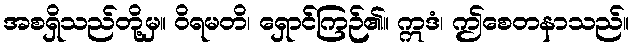
အစရှိသည်တို့မှ။ ဝိရမတိ၊ ရှောင်ကြဉ်၏။ ဣဒံ၊ ဤစေတနာသည်။